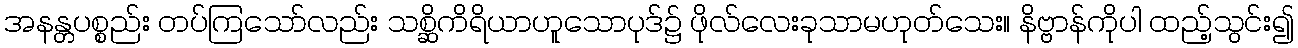
အနန္တပစ္စည်း တပ်ကြသော်လည်း သစ္ဆိကိရိယာဟူသောပုဒ်၌ ဖိုလ်လေးခုသာမဟုတ်သေး။ နိဗ္ဗာန်ကိုပါ ထည့်သွင်း၍